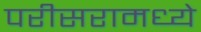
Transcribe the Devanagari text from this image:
परीसरामध्ये